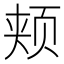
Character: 颊